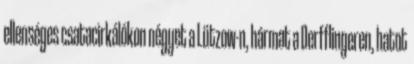
ellenséges csatacirkálókon négyet a Lützow-n, hármat a Derfflingeren, hatot